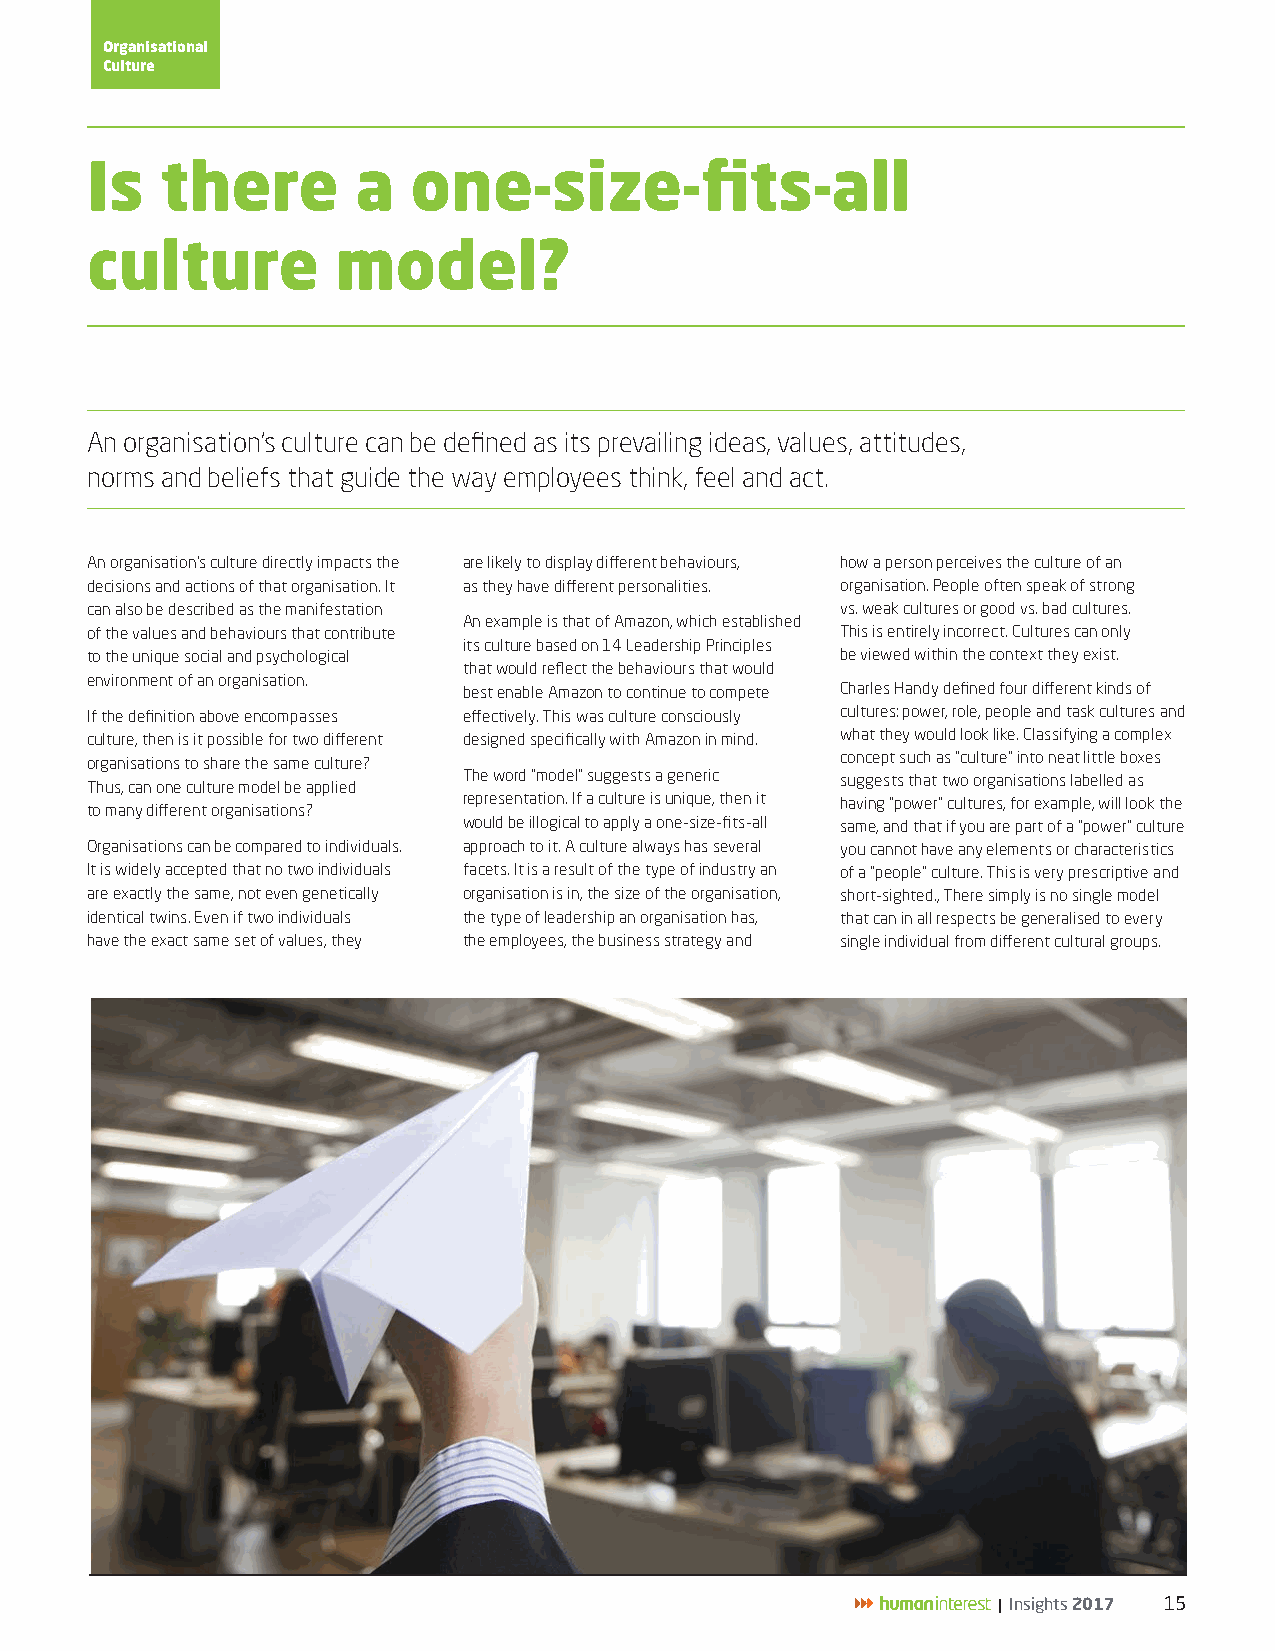
Organisational
 Culture
 Is   there        a  one-size-fits-all
 culture         model?
 An organisation’s culture can be defined as its prevailing ideas, values, attitudes,
 norms and beliefs that guide the way employees think, feel and act.
 An organisation’s culture directly impacts the are likely to display different behaviours, how a person perceives the culture of an
 decisions and actions of that organisation. It as they have different personalities. organisation. People often speak of strong
 can also be described as the manifestation        vs. weak cultures or good vs. bad cultures.
 An example is that of Amazon, which established
 of the values and behaviours that contribute      This is entirely incorrect. Cultures can only
 its culture based on 14 Leadership Principles
 to the unique social and psychological            be viewed within the context they exist.
 that would reflect the behaviours that would
 environment of an organisation.
 best enable Amazon to continue to compete Charles Handy defined four different kinds of
 If the definition above encompasses effectively. This was culture consciously cultures: power, role, people and task cultures and
 culture, then is it possible for two different designed specifically with Amazon in mind. what they would look like. Classifying a complex
 organisations to share the same culture?          concept such as “culture” into neat little boxes
 The word “model” suggests a generic suggests that two organisations labelled as
 Thus, can one culture model be applied
 representation. If a culture is unique, then it having “power” cultures, for example, will look the
 to many different organisations?
 would be illogical to apply a one-size-fits-all same, and that if you are part of a “power” culture
 Organisations can be compared to individuals. approach to it. A culture always has several you cannot have any elements or characteristics
 It is widely accepted that no two individuals facets. It is a result of the type of industry an of a “people” culture. This is very prescriptive and
 are exactly the same, not even genetically organisation is in, the size of the organisation, short-sighted., There simply is no single model
 identical twins. Even if two individuals the type of leadership an organisation has, that can in all respects be generalised to every
 have the exact same set of values, they the employees, the business strategy and single individual from different cultural groups.
 | Insights 2017 15